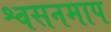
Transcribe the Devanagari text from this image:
श्वसनमाप